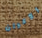
الأكوان